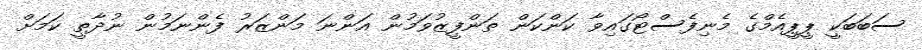
ސަބަބަކީ ޕީޕީއެމްގެ މެނިފެސްޓޯގައިވާ ކަންކަން ތަންފީޒުވަމުން އަންނަ މަންޒަރު ފެންނަމުން ނުދާތީ ކަމަށް